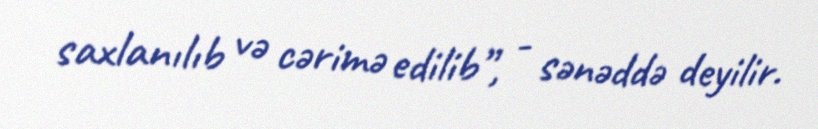
saxlanılıb və cərimə edilib”, - sənəddə deyilir.